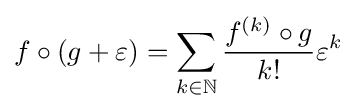
f\circ (g+\varepsilon )=\sum _{k\in \mathbb {N} }{\frac {f^{(k)}\circ g}{k!}}\varepsilon ^{k}